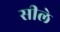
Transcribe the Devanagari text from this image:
सीले